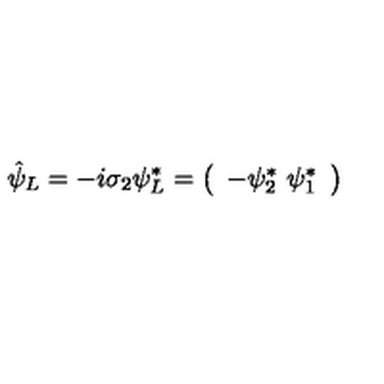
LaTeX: \hat { \psi } _ { L } = - i \sigma _ { 2 } \psi _ { L } ^ { \ast } = \left( \begin{array} { c } { - \psi _ { 2 } ^ { \ast } \ \psi _ { 1 } ^ { \ast } } \\ \end{array} \right)